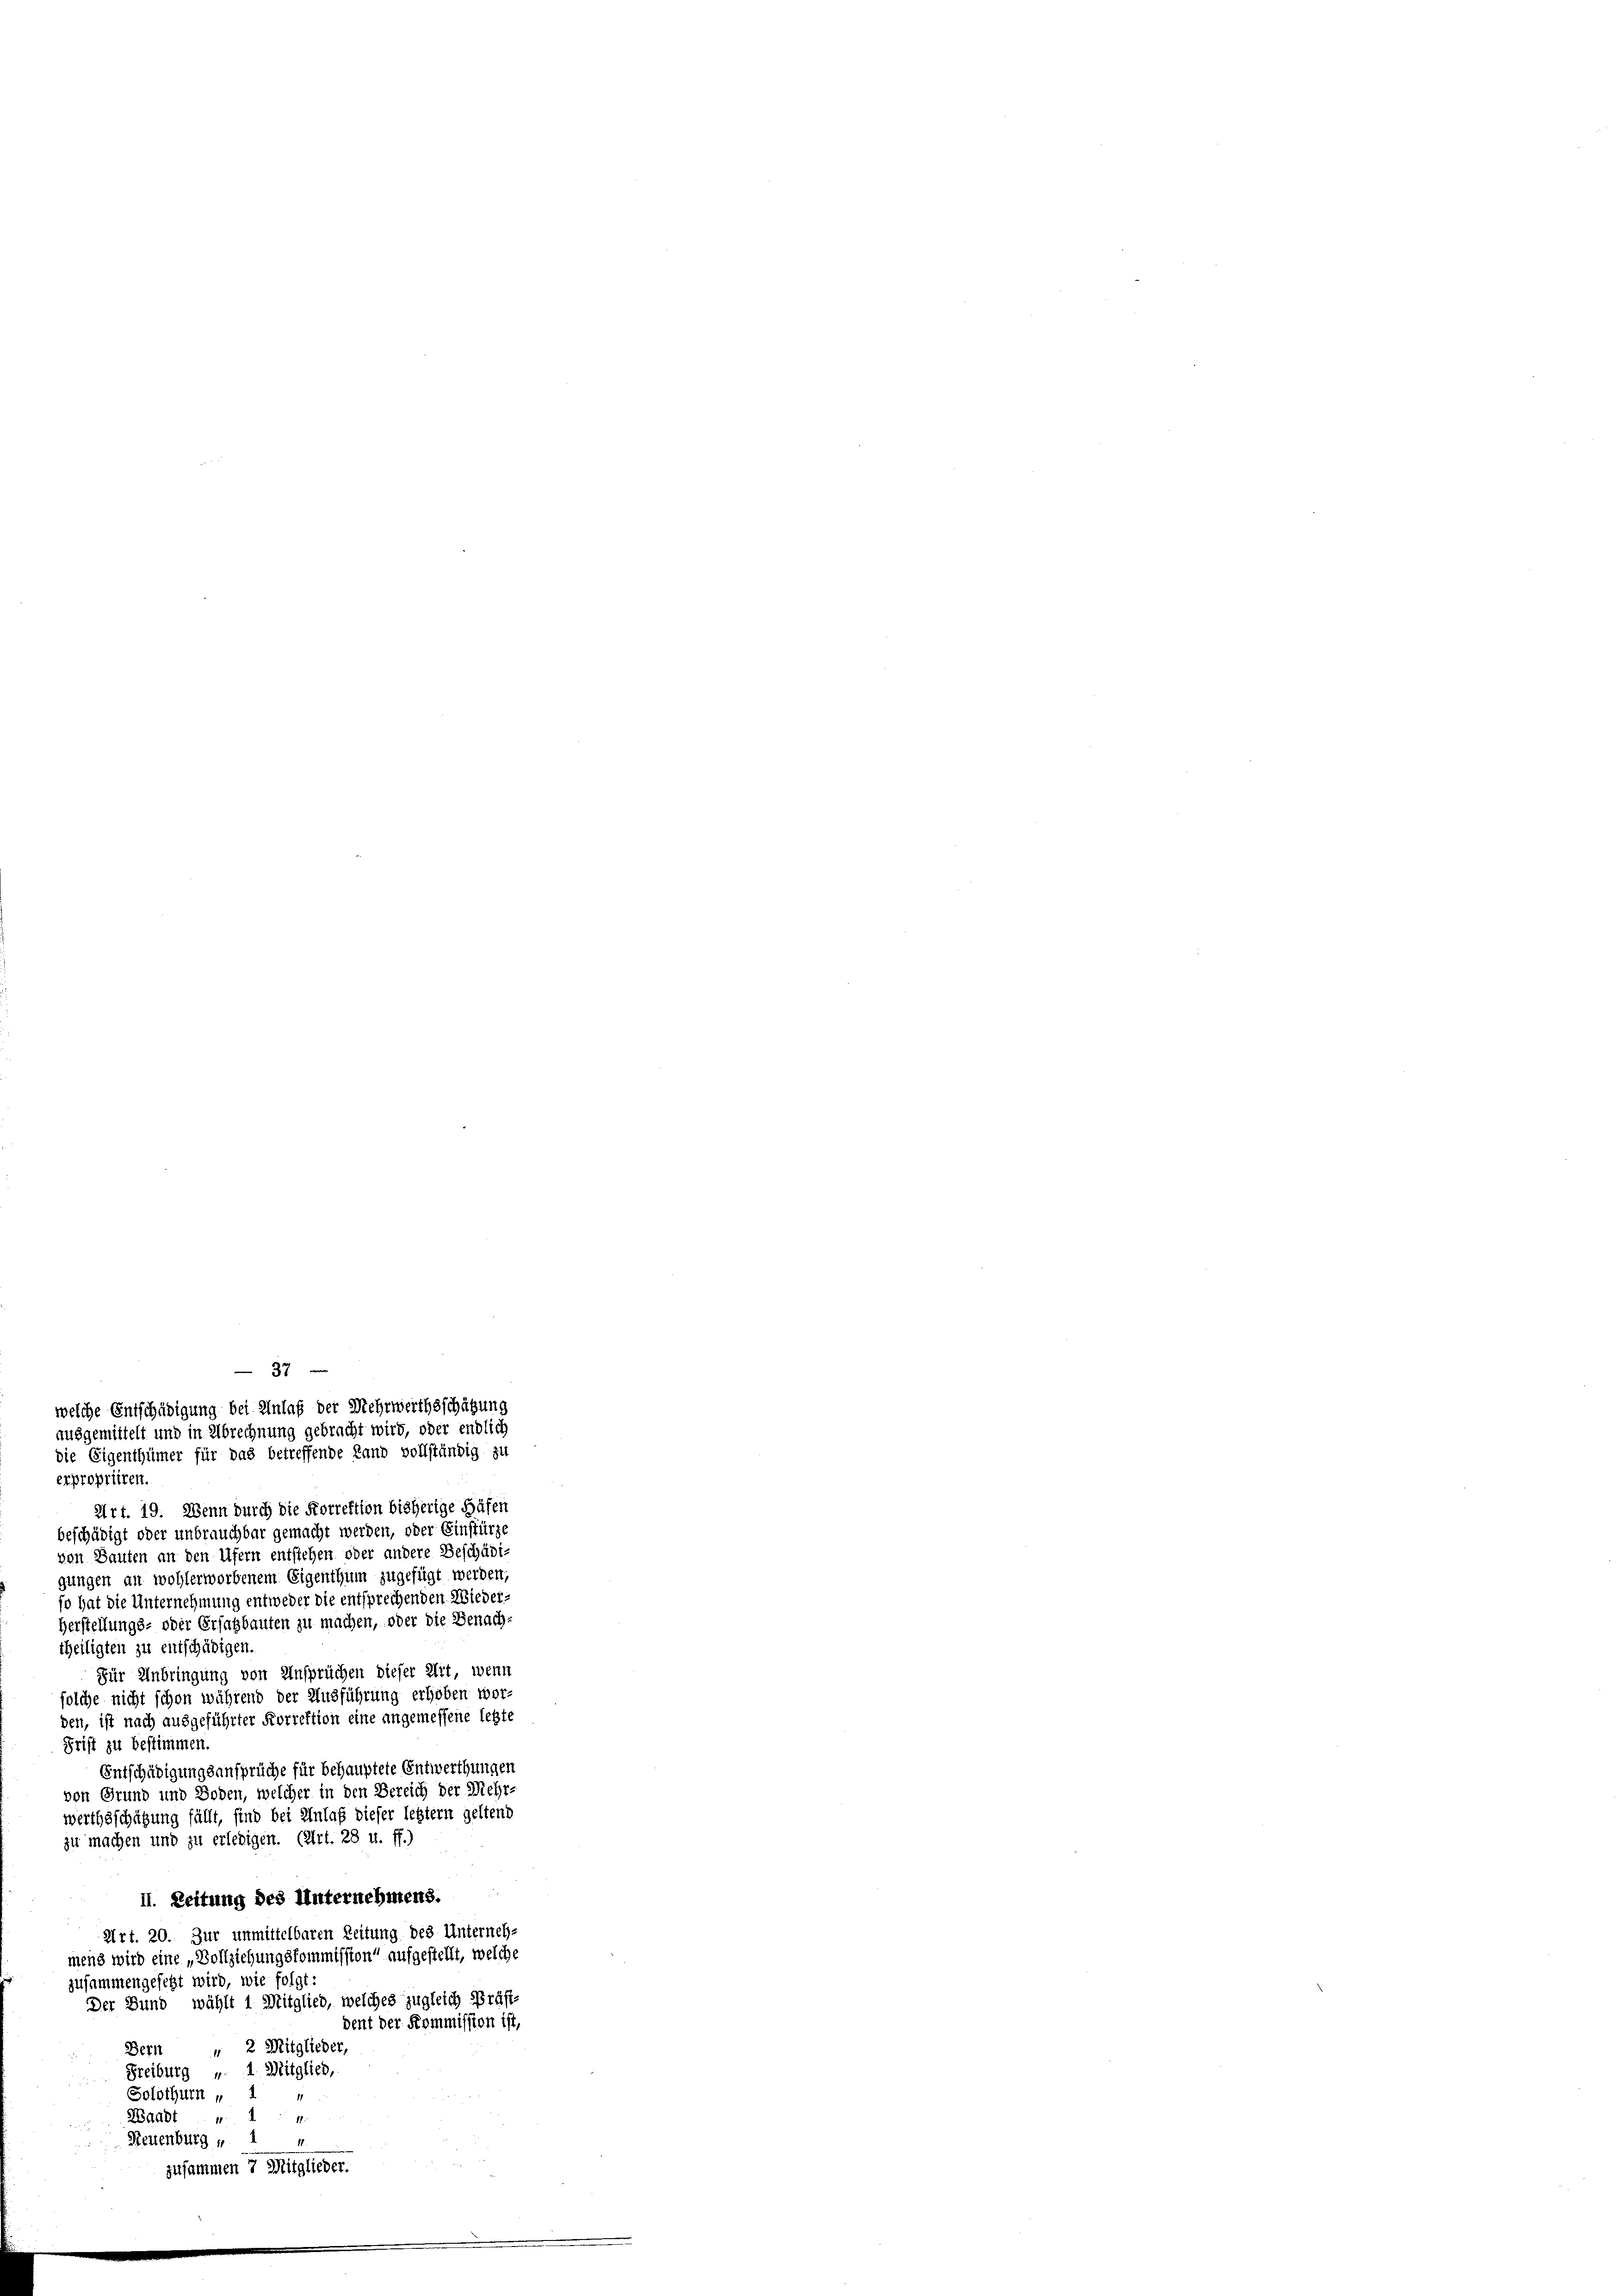
37
welche Entschädigung bei Anlaß der Mehrwerthsschätzung
ausgemittelt und in Abrechnung gebracht wird, oder endlich

die Eigenthümer für das betreffende Land vollständig zu
expropriiren.
Art. 19. Wenn durch die Forrektion bisherige Hüfen
beschädigt oder unbrauchbar gemacht werden, oder Einstürze
von Bauten an den Ufern entstehen oder andere Beschädi-
gungen an wohlerworbenem Eigenthum zugefügt werden
so hat die Unternehmung entweder die entsprechenden Wieder¬
Herstellungs- oder Ersatzbauten zu machen, oder die Benach-
theiligten zu entschädigen.
Für Anbringung von Ansprüchen dieser Elit, wenn
solche nicht schon während der Ausführung erhoben worden, ist nach ausgeführter Korrektion eine angemessene letzte
Frist zu bestimmen.
Entschädigung sansprüche für behauptete Entwerthungen
von Grund und Boden, welcher in den Bereich der Mehr-
werthsschützung fällt, sind bei Anlaß dieser letztern geltend
zu machen und zu erledigen. (Art. 28 u. ff.)
II. Zeitung des Unternehmens.
Art. 20. Zur unmittelbaren Zeitung des Unterneh-
mend wird eine „Vollziehungskommission“ aufgestellt, welche
zusammengesetzt wird, wie folgt:
Der Bund, wählt 1 Mitglied, welches zugleich Präsi-
dent der Kommission ist,
" 2 Mitglieder,
Dern
Freiburg v. 1. Mitglied,
Solothurn ,
11
Waadt, 1 4
Reuenburg „ 1 4
zusammen 7 Mitglieder.